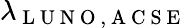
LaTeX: \lambda_{\mathrm{~L~U~N~O~,~A~C~S~E~}}